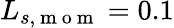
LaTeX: L_{s,\mathrm{~m~o~m~}}=0.1